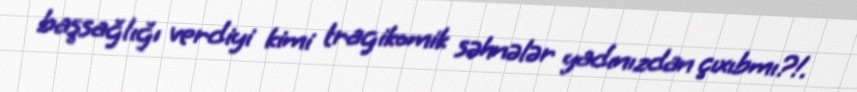
başsağlığı verdiyi kimi tragikomik səhnələr yadınızdan çıxıbmı?!.